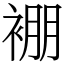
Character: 䙀